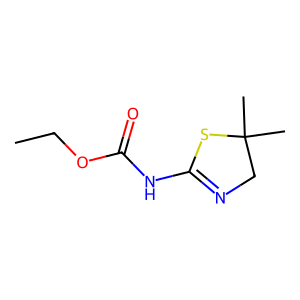
SMILES: CCOC(=O)NC1=NCC(C)(C)S1
Inhibits HIV replication: No